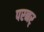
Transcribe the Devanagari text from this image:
परनर्